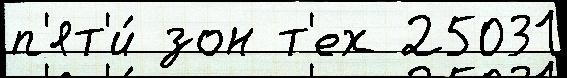
п'ят'и́ зон т'ех 25031